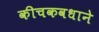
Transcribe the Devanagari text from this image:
कीचकवधाने